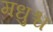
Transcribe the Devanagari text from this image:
मधुश्च